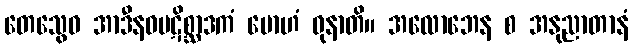
တေသွေဝ အာဒီနဝပဋိစ္ဆာဒကံ မောဟံ ဓုနာတိ။ အလောဘေန စ အနုညာတာနံ